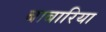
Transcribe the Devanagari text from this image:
बाबारिया